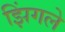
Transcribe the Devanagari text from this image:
झिंगले